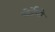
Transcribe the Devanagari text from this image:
पोर्तेन्यो